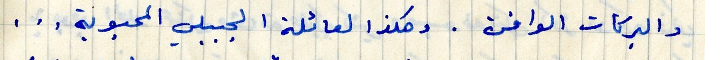
والبركات الوافرة. وهكذا لعائلة الجبيلي المحبوبة ...